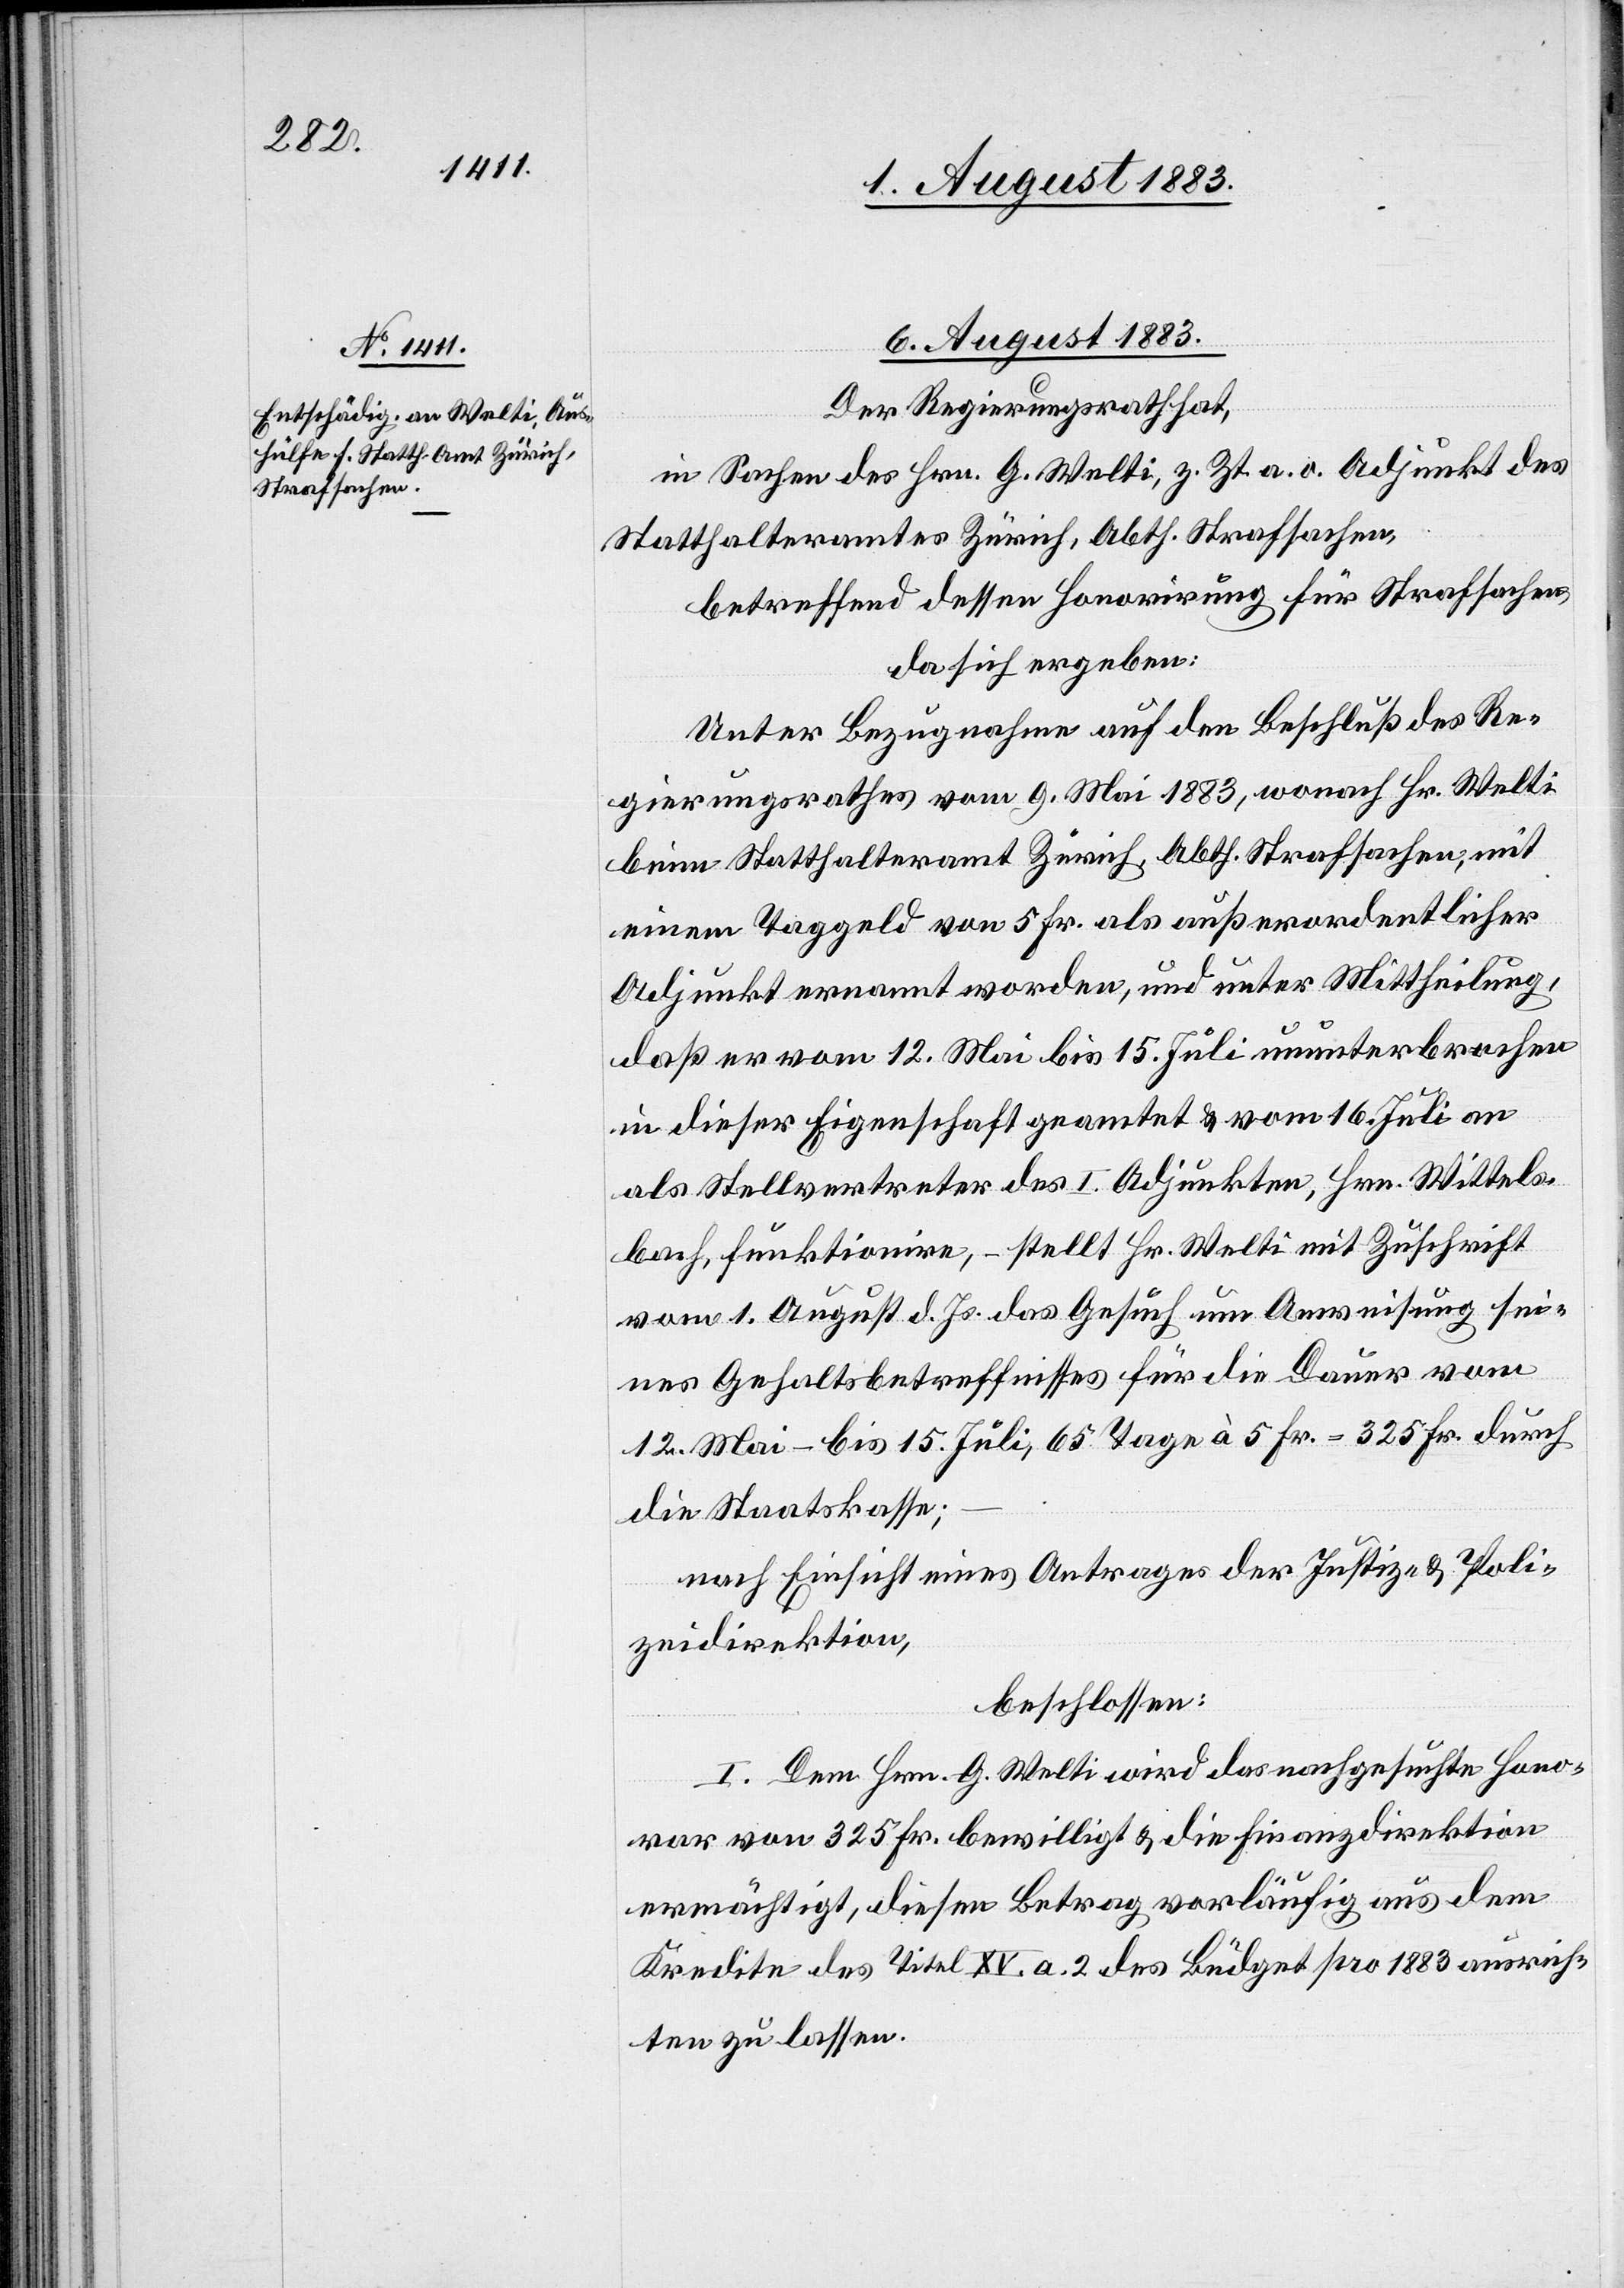
6. August 1883.
Der Regierungsrath hat,
in Sachen des Hrn. G. Welti, z. Zt. a. o. Adjunkt des
Statthalteramtes Zürich, Abth. Strafsachen,
betreffend dessen Honorirung für Strafsachen,
da sich ergeben:
Unter Bezugnahme auf den Beschluß des Re¬
gierungsrathes vom 9. Mai 1883, wonach Hr. Welti
beim Statthalteramt Zürich, Abth. Strafsachen, mit
einem Taggeld von 5 Fr. als außerordentlicher
Adjunkt ernannt worden, und unter Mittheilung,
daß er vom 12. Mai bis 15. Juli ununterbrochen
in dieser Eigenschaft geamtet & vom 16. Juli an
als Stellvertreter des I. Adjunkten, Hrn. Wittels¬
bach, funktionire, – stellt Hr. Welti mit Zuschrift
vom 1. August d. Js. das Gesuch um Anweisung sei¬
nes Gehaltsbetreffnisses für die Dauer vom
12. Mai– bis [sic!] 15. Juli, 65 Tage à 5 Fr. = 325 Fr. durch
die Staatskasse;
nach Ansicht eines Antrages der Justiz- & Poli¬
zeidirektion,
beschlossen:
I. Dem Hrn. G. Welti wird das nachgesuchte Hono¬
rar von 325 Fr. bewilligt & die Finanzdirektion
ermächtigt, diesen Betrag vorläufig aus dem
Kredite des Titel XV. a. 2 des Büdget pro 1883 ausrich¬
ten zu lassen.